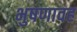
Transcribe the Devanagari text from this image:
भुषणावह